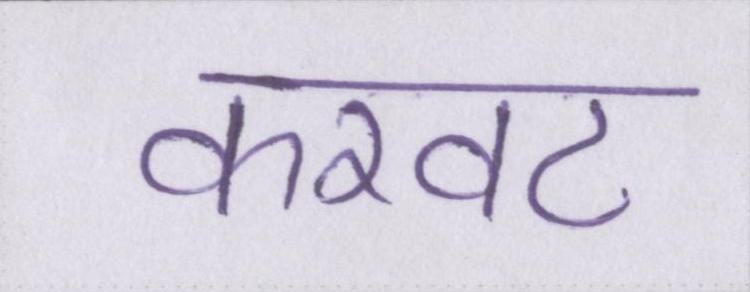
करवट